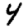
Digit: 4